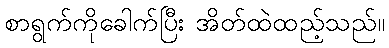
စာရွက်ကိုခေါက်ပြီး အိတ်ထဲထည့်သည်။